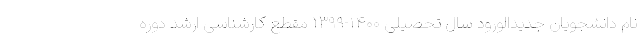
نام دانشجویان جدیدالورود سال تحصیلی ۱۴۰۰-۱۳۹۹ مقطع کارشناسی ارشد دوره